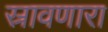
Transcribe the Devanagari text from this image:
स्रावणारा